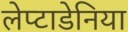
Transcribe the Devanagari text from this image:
लेप्टाडेनिया